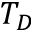
T _ { D }